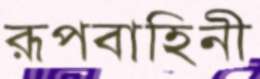
রূপবাহিনী